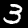
Digit: 3